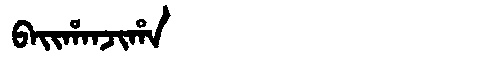
Manchu: ᠪᠠᡳᡥᠠᠨᠵᡳᡥᠠ
Romanization: BAIHANJIHA